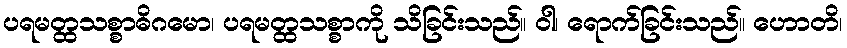
ပရမတ္ထသစ္စာဓိဂမော၊ ပရမတ္ထသစ္စာကို သိခြင်းသည်။ ဝါ၊ ရောက်ခြင်းသည်။ ဟောတိ၊